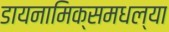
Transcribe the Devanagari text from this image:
डायनामिक्समधल्या